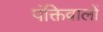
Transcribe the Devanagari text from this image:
पंक्तिवालों